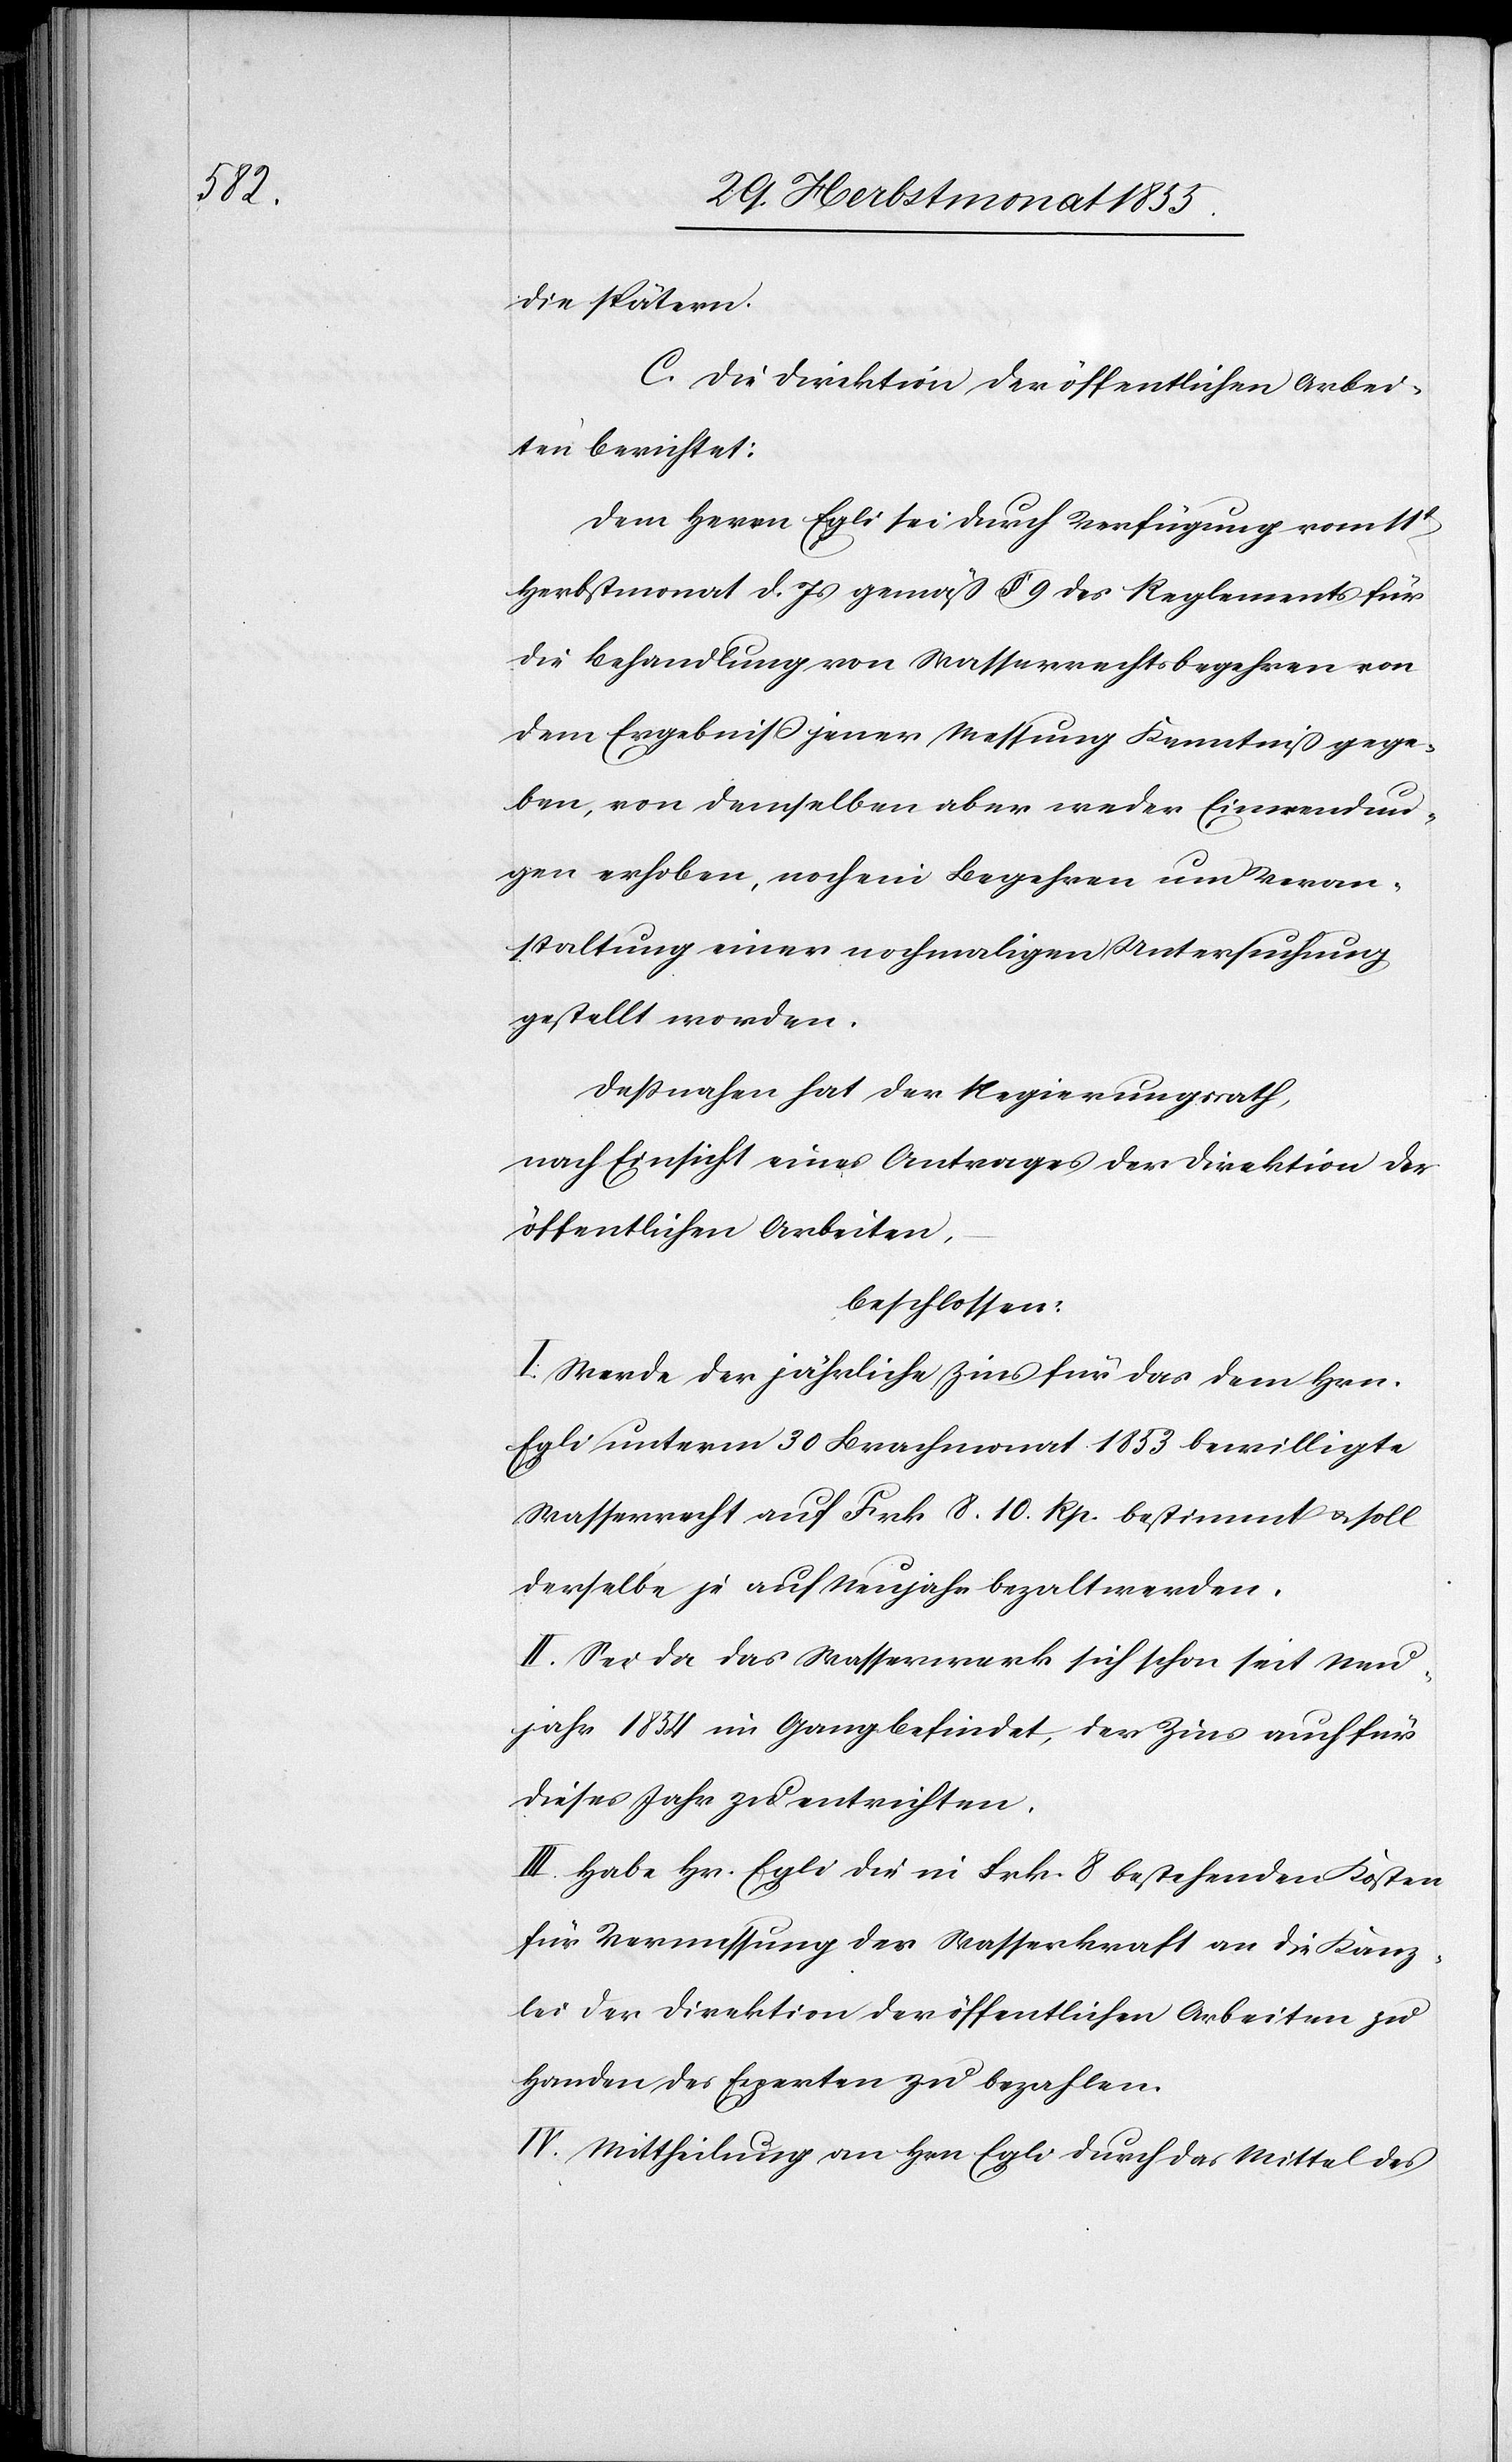
die spätern.
C. Die Direktion der öffentlichen Arbei¬
ten berichtet:
Dem Herrn Egli sei durch Verfügung vom 11t
Herbstmonat d. Js gemäß § 9 des Reglements für
die Behandlung von Wasserrechtsbegehren von
dem Ergebniß jener Messung Kenntniß gege¬
ben, von demselben aber weder Einwendun¬
gen erhoben, noch ein Begehren um Veran¬
staltung einer nochmaligen Untersuchung
gestellt worden.
Deßnahen hat der Regierungsrath,
nach Einsicht eines Antrages der Direktion der
öffentlichen Arbeiten,
beschlossen:
I. Werde der jährliche Zins für das dem Hrn.
Egli unterm 30 Brachmonat 1853 bewilligte
Wasserrecht auf Frk. 8. 10. Rp. bestimmt & soll
derselbe je auf Neujahr bezalt werden.
II. Sei da das Wasserwerk sich schon seit Neu¬
jahr 1854 im Gang befindet, der Zins auch für
dieses Jahr zu entrichten.
III. Habe Hr. Egli die in Frk. 8 bestehenden Kosten
für Vermessung der Wasserkraft an die Kanz¬
lei der Direktion der öffentlichen Arbeiten zu
Handen des Experten zu bezahlen.
IV. Mittheilung an Hrn. Egli durch das Mittel des